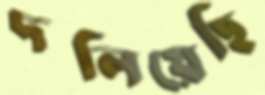
দলিয়েছি